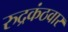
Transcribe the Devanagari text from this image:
रुद्रकंठवार